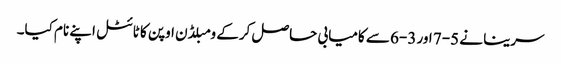
سرینا نے 5-7 اور 3-6 سے کامیابی حاصل کرکے ومبلڈن اوپن کا ٹائٹل اپنے نام کیا۔